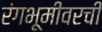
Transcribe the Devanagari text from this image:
रंगभूमीवरची